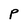
Character: P